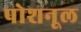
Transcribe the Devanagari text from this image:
पोशनूल